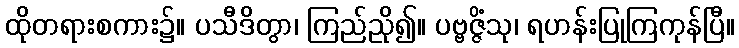
ထိုတရားစကား၌။ ပသီဒိတွာ၊ ကြည်ညို၍။ ပဗ္ဗဇ္ဇိံသု၊ ရဟန်းပြုကြကုန်ပြီ။